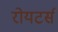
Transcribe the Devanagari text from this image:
रोयटर्स